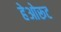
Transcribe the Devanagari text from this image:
हेओरूट